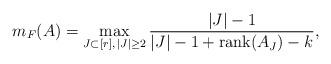
LaTeX: \begin{align*} m_F(A) = \max_{J \subset [r],\, |J| \ge 2} \frac{|J|-1}{|J|-1+\mbox{rank}(A_J)-k},\end{align*}